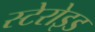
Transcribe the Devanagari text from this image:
स्टेरोइड